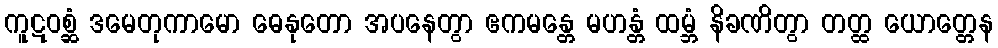
ကူဋဝစ္ဆံ ဒမေတုကာမော ဓေနုတော အပနေတွာ ဧကမန္တေ မဟန္တံ ထမ္ဘံ နိခဏိတွာ တတ္ထ ယောတ္တေန